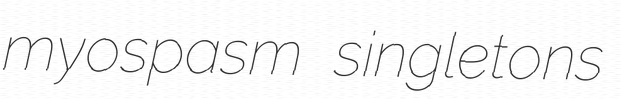
myospasm singletons